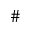
\#